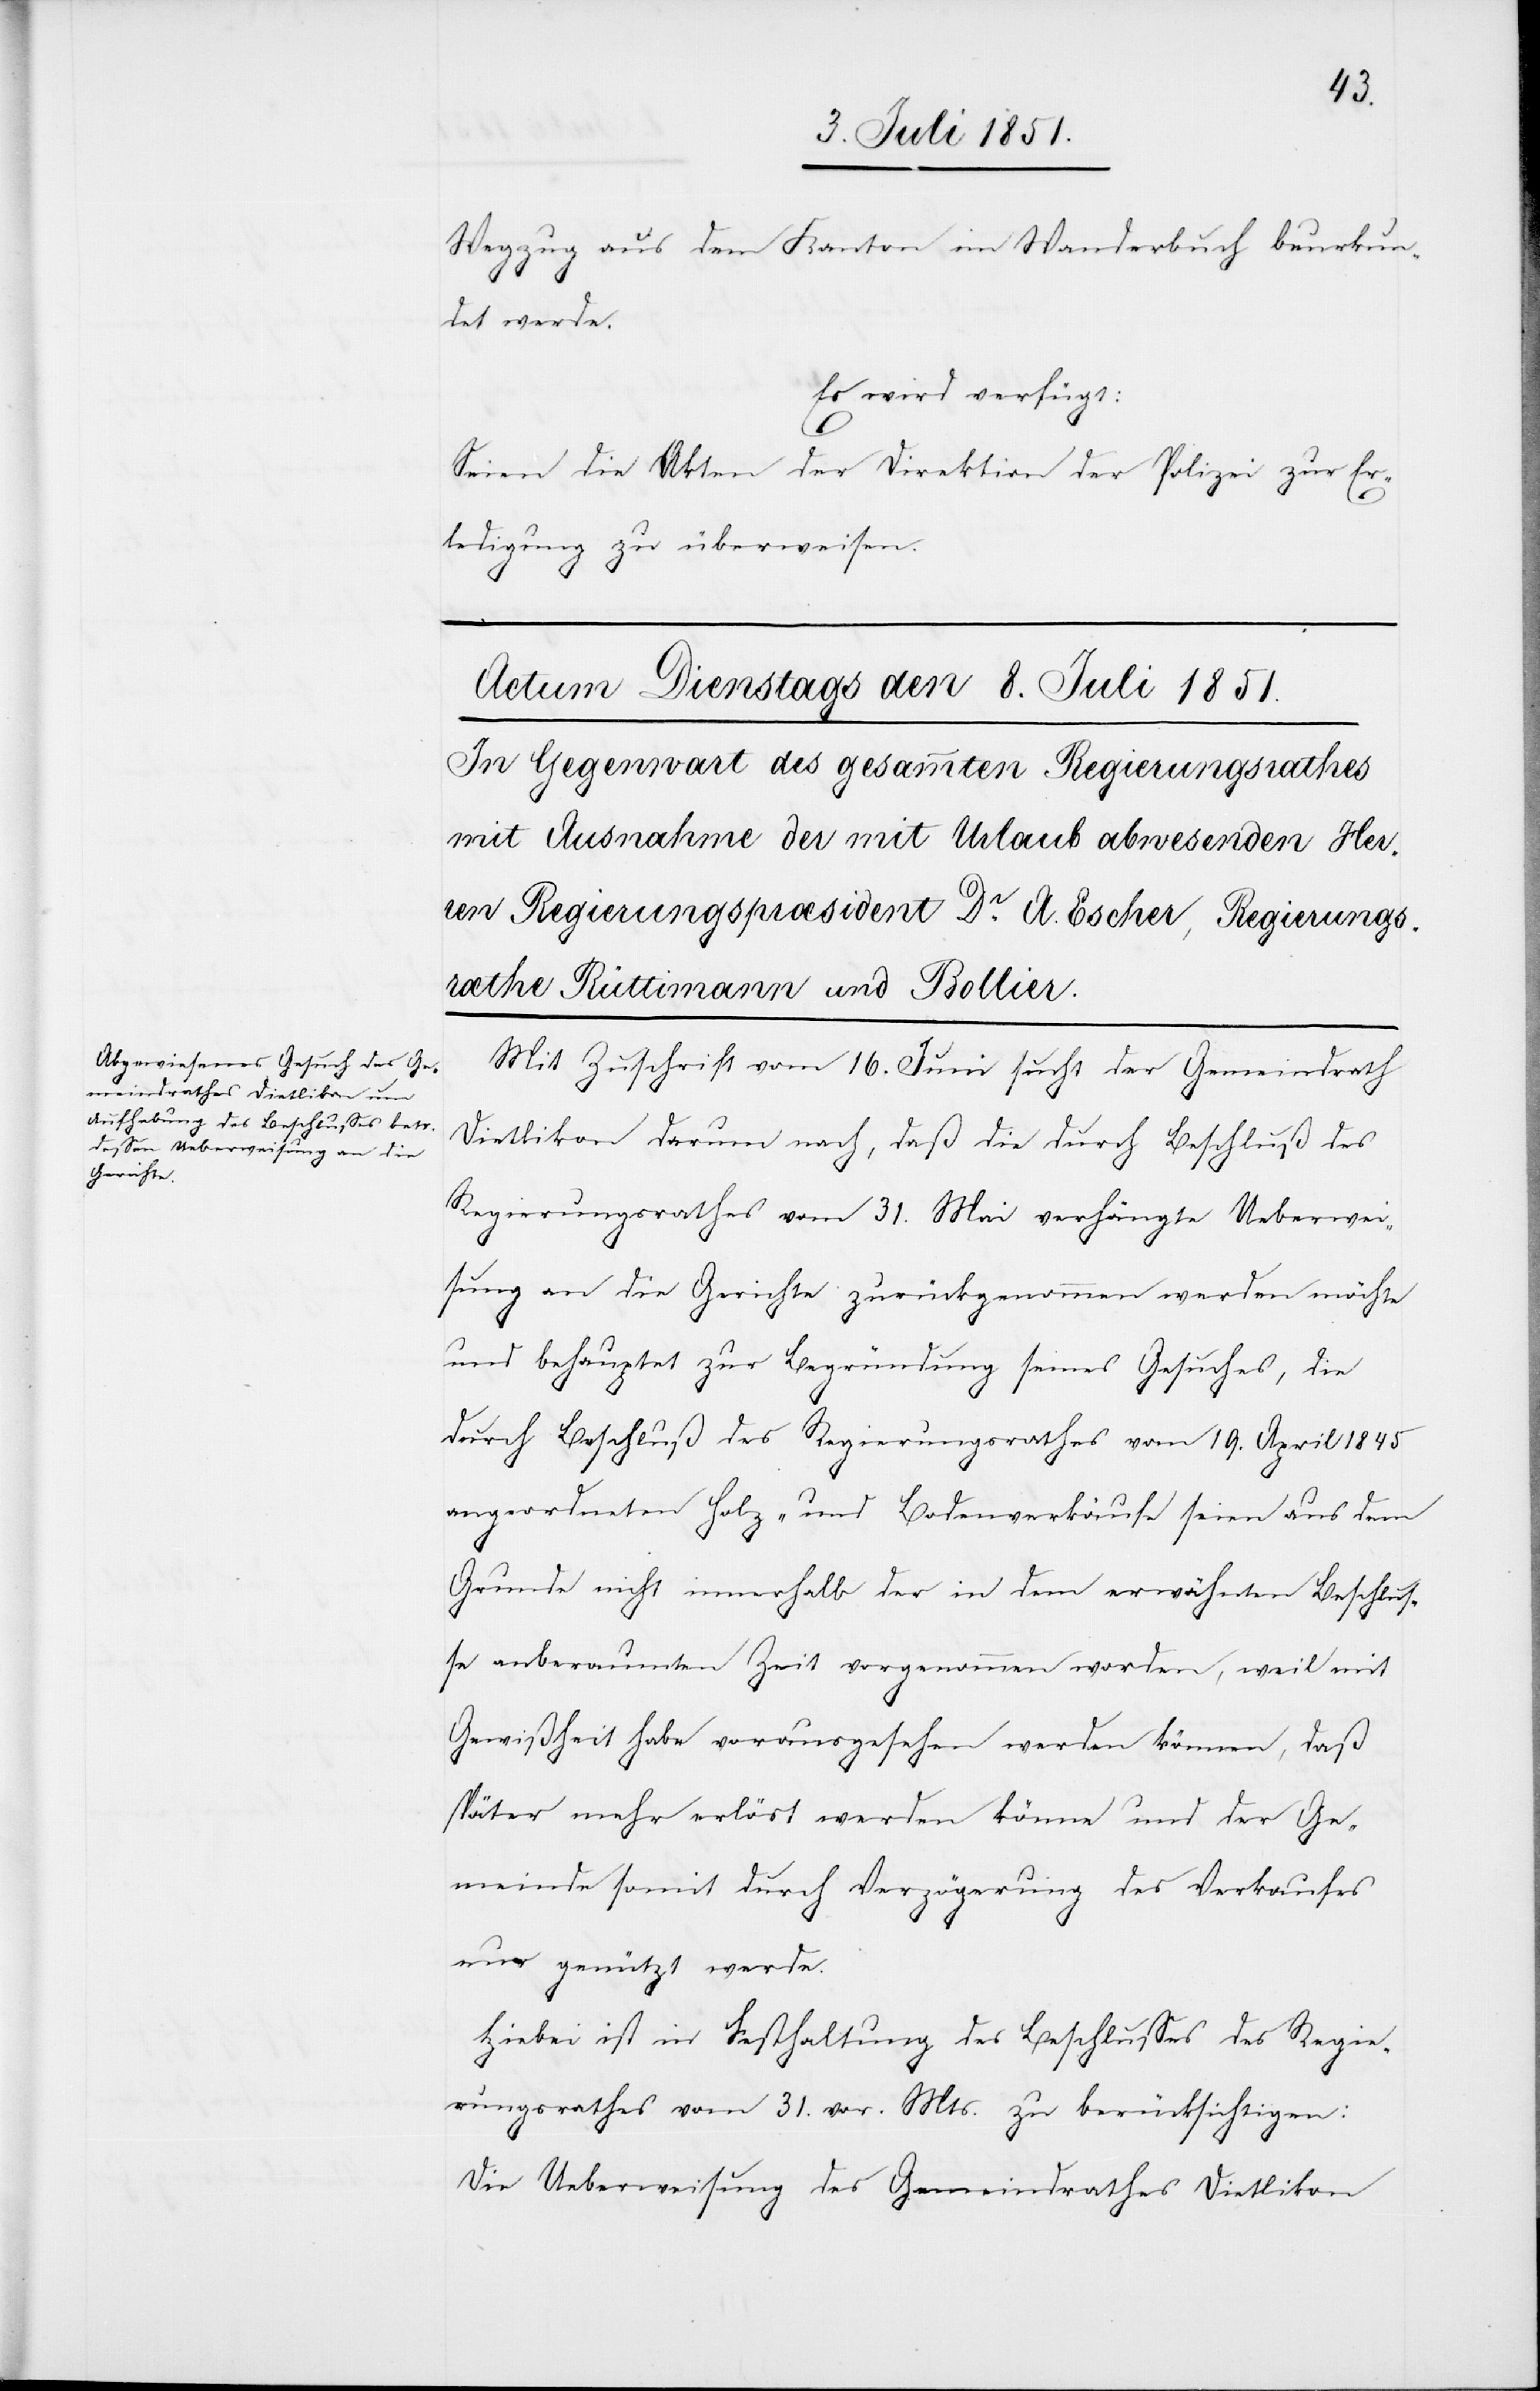
Wegzug aus dem Kanton im Wanderbuch beurkun¬
det werde.
Es wird verfügt:
Seien die Akten der Direktion der Polizei zur Er¬
ledigung zu überweisen.
Mit Zuschrift vom 16. Juni sucht der Gemeindrath
Dietlikon darum nach, das die durch Beschluß des
Regierungsrathes vom 31. Mai verhängte Ueberwei¬
sung an die Gerichte zurückgenommen werden möchte
und behauptet zur Begründung seines Gesuches, die
durch Beschluß des Regierungsrathes vom 19. April 1845
angeordneten Holz- und Bodenverkäufe seien aus dem
Grunde nicht innerhalb der in dem erwähnten Beschlus¬
se anberaumten Zeit vorgenommen worden, weil mit
Gewißheit habe vorausgesehen werden können, daß
später mehr erlöst werden könne und der Ge¬
meinde somit durch Verzögerung des Verkaufes
nur genützt werde.
Hiebei ist in Festhaltung des Beschlusses des Regie¬
rungsrathes vom 31. vor. Mts. zu berücksichtigen:
Die Ueberweisung des Gemeindrathes Dietlikon